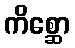
ကိစ္ဆော